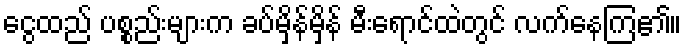
ငွေထည် ပစ္စည်းများက ခပ်မှိန်မှိန် မီးရောင်ထဲတွင် လက်နေကြ၏။